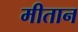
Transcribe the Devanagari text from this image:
मीतान